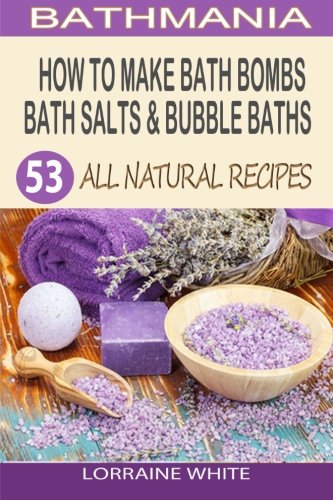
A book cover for How To Make Bath Bombs, Bath Salts & Bubble Baths: 53 All Natural & Organic Recipes (All Natural Series); Lorraine White; Crafts, Hobbies & Home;